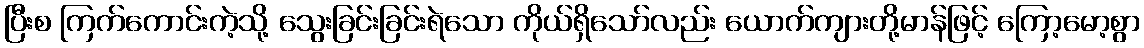
ပြီးစ ကြက်ကောင်းကဲ့သို့ သွေးခြင်းခြင်းရဲသော ကိုယ်ရှိသော်လည်း ယောက်ကျားတို့မာန်ဖြင့် ကြော့မော့စွာ